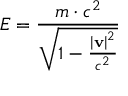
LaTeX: E = { \frac { m \cdot c ^ { 2 } } { \sqrt { 1 - { \frac { \left| \mathbf { v } \right| ^ { 2 } } { c ^ { 2 } } } } } }